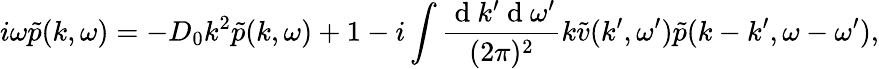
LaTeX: i\omega\tilde{p}(k,\omega)=-D_{0}k^{2}\tilde{p}(k,\omega)+1-i\int\frac{\mathrm{~d~}k^{\prime}\mathrm{~d~}\omega^{\prime}}{(2\pi)^{2}}k\tilde{v}(k^{\prime},\omega^{\prime})\tilde{p}(k-k^{\prime},\omega-\omega^{\prime}),